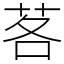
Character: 茖